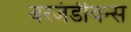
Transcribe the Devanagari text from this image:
बरजंडीयन्स